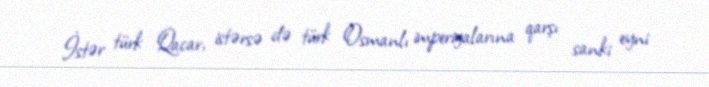
İstər türk Qacar, istərsə də türk Osmanlı imperiyalarına qarşı sanki eyni